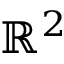
\mathbb { R } ^ { 2 }